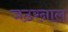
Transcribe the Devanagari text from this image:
जठरनाल